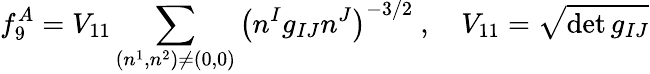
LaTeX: f_{9}^{A}=V_{11}\sum_{(n^{1},n^{2})\ne(0,0)}\left(n^{I}g_{IJ}n^{J}\right)^{-3/2}\ ,\quad V_{11}=\sqrt{\operatorname*{det}g_{IJ}}